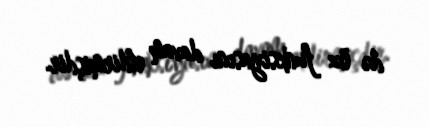
də öz funksiyasını davam etdirmişdir.